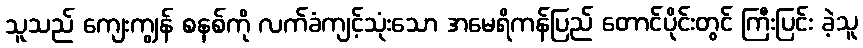
သူသည် ကျေးကျွန် စနစ်ကို လက်ခံကျင့်သုံးသော အမေရိကန်ပြည် တောင်ပိုင်းတွင် ကြီးပြင်း ခဲ့သူ